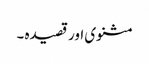
مثنوی اور قصیدہ ۔